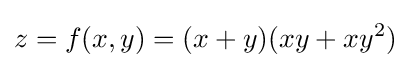
z=f(x,y)=(x+y)(xy+xy^{2})